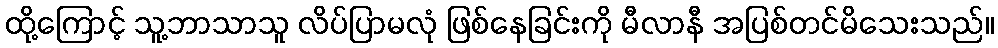
ထို့ကြောင့် သူ့ဘာသာသူ လိပ်ပြာမလုံ ဖြစ်နေခြင်းကို မီလာနီ အပြစ်တင်မိသေးသည်။